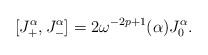
LaTeX: \begin{align*}[J_+^\alpha , J_-^\alpha] = 2\omega^{-2p+1}(\alpha)J_0^\alpha. \end{align*}